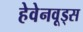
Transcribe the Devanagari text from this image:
हेवेनवूड्स